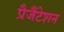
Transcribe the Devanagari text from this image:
प्रैजैंटेशन